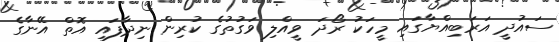
ސައުދީ އަރަބިއްޔާގައި މީހަކު ރޯދަ ވީއްލި ވަގުތުގެ ކުރިން ނިދާފައި އޮތް އޭނާގެ